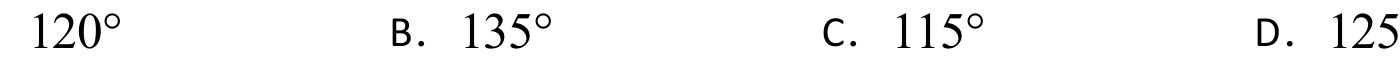
\(120^{\circ}\quad \text{B. }135^{\circ}\quad \text{C. }115^{\circ}\quad \text{D. }125\)